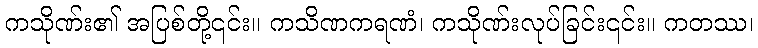
ကသိုဏ်း၏ အပြစ်တို့၎င်း။ ကသိဏကရဏံ၊ ကသိုဏ်းလုပ်ခြင်း၎င်း။ ကတဿ၊